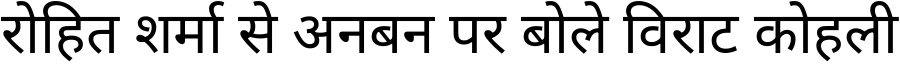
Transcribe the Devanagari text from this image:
रोहित शर्मा से अनबन पर बोले विराट कोहली